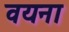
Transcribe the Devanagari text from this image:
वयना